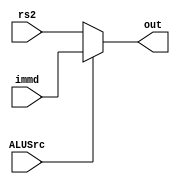
module MUX32(ALUSrc, rs2, immd, out);

input ALUSrc;
input [31:0] rs2, immd;
output [31:0] out;

assign out = (ALUSrc == 1'b0) ? rs2 : immd;

endmodule